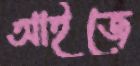
আইজে